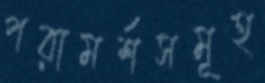
পরামর্শসমূহ